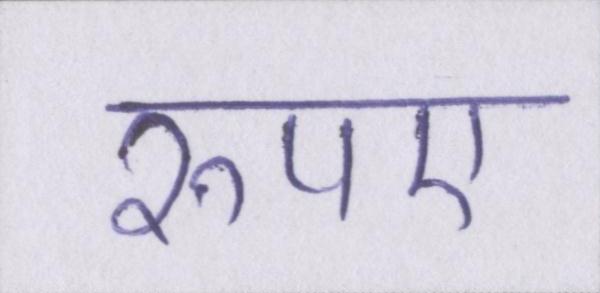
रुपए